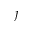
j